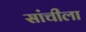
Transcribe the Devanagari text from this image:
सांचीला